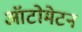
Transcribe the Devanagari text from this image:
ऑटोमेटन